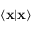
\langle \mathbf { x } | \mathbf { x } \rangle